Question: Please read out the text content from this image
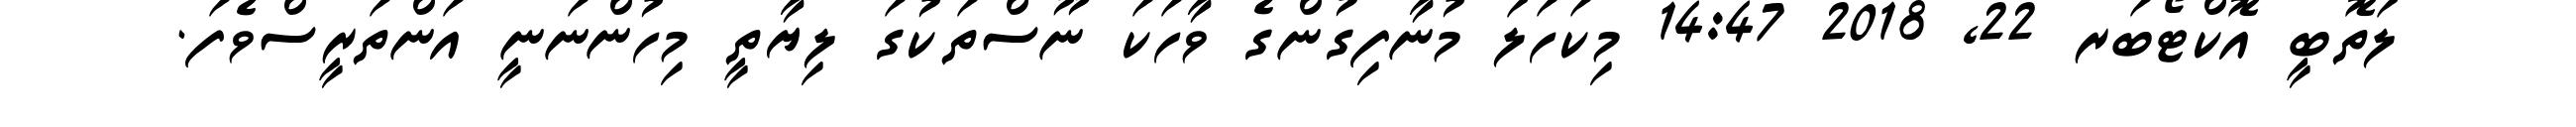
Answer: ލަތޮބީ އޮކްޓޯބަރ 22, 2018 14:47 މިކަހަލަ މުނާފިގުންގެ ވާހަކަ ނޫސްތަކުގަ ލިޔާތީ މިހުންނަނީ އަންތަރީސްވެފަ.